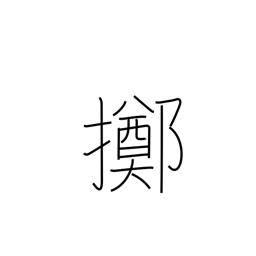
Meaning: resign